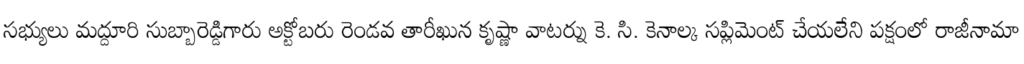
సభ్యులు మద్దూరి సుబ్బారెడ్డిగారు అక్టోబరు రెండవ తారీఖున కృష్ణా వాటర్ను కె. సి. కెనాల్క సప్లిమెంట్ చేయలేని పక్షంలో రాజీనామా